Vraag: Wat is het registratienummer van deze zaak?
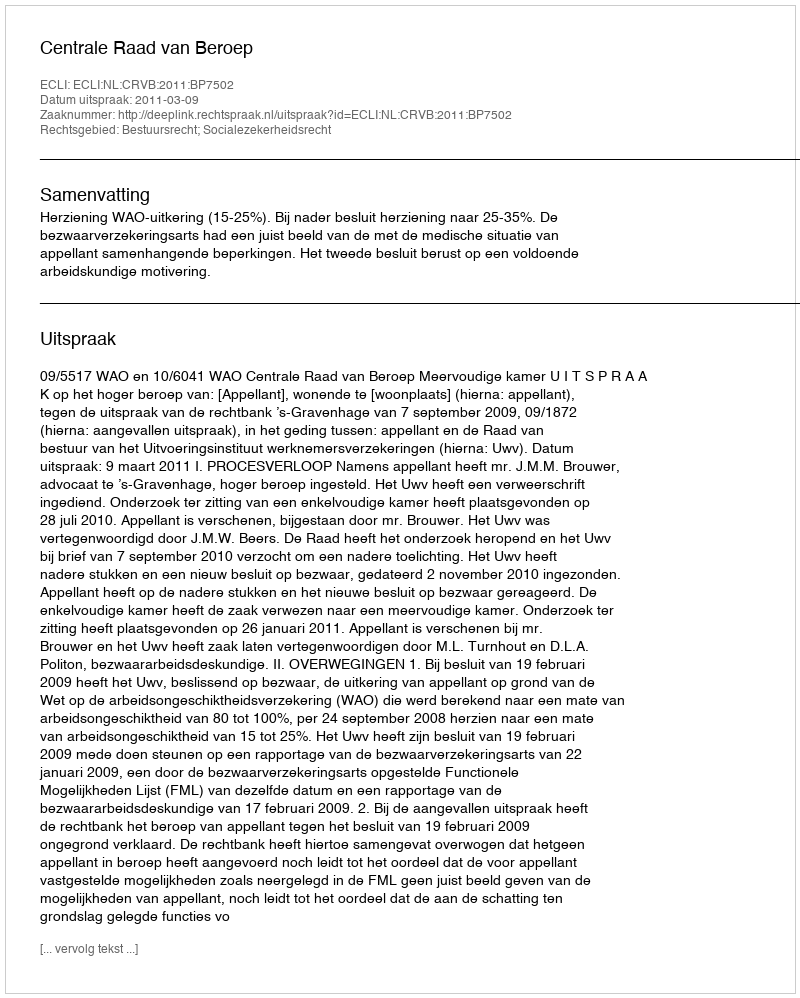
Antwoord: http://deeplink.rechtspraak.nl/uitspraak?id=ECLI:NL:CRVB:2011:BP7502